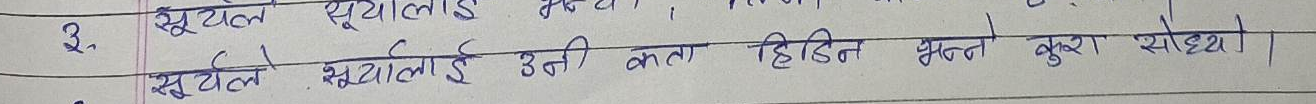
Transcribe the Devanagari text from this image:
३. सुर्यले सुयाललाई उती कता हिडिन भन्न कुरा सोध्यो।